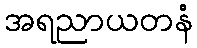
အရညာယတနံ